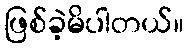
ဖြစ်ခဲ့မိပါတယ်။